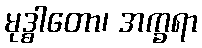
မုဒ္ဓါတော၊ အက္ခရာ